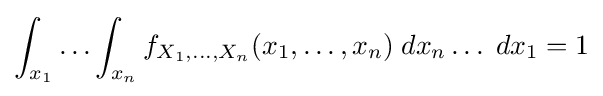
\int _{x_{1}}\ldots \int _{x_{n}}f_{X_{1},\ldots ,X_{n}}(x_{1},\ldots ,x_{n})\;dx_{n}\ldots \;dx_{1}=1